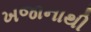
ખજાનાથી